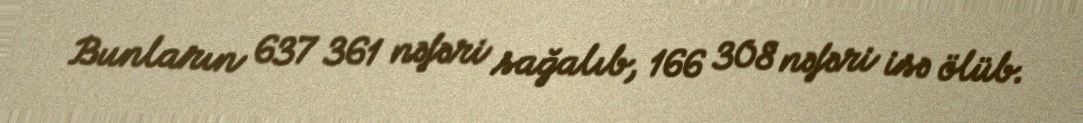
Bunların 637 361 nəfəri sağalıb, 166 308 nəfəri isə ölüb.